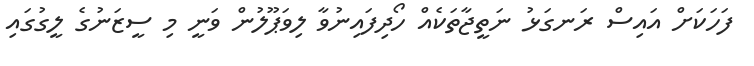
ފަހަކަށް އައިސް ރަނގަޅު ނަތީޖާތަކެއް ހޯދިފައިނުވާ ލިވަޕޫލުން ވަނީ މި ސީޒަނުގެ ލީގުގައި